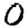
Digit: 0